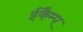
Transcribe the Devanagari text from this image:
ईकैम्प